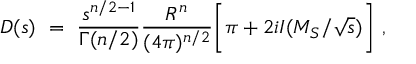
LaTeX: D ( s ) \ = \ { \frac { s ^ { n / 2 - 1 } } { \Gamma ( n / 2 ) } } { \frac { R ^ { n } } { ( 4 \pi ) ^ { n / 2 } } } \biggl [ \pi + 2 i I ( M _ { S } / \sqrt { s } ) \biggr ] \ ,